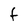
Character: f